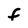
Character: f